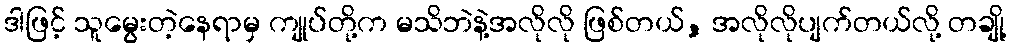
ဒါဖြင့် သူမွေးတဲ့နေရာမှ ကျုပ်တို့က မသိဘဲနဲ့အလိုလို ဖြစ်တယ်, အလိုလိုပျက်တယ်လို့ တချို့